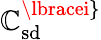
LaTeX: \mathbb{C}_{\mathrm{{sd}}}^{\lbracei\rbrace}